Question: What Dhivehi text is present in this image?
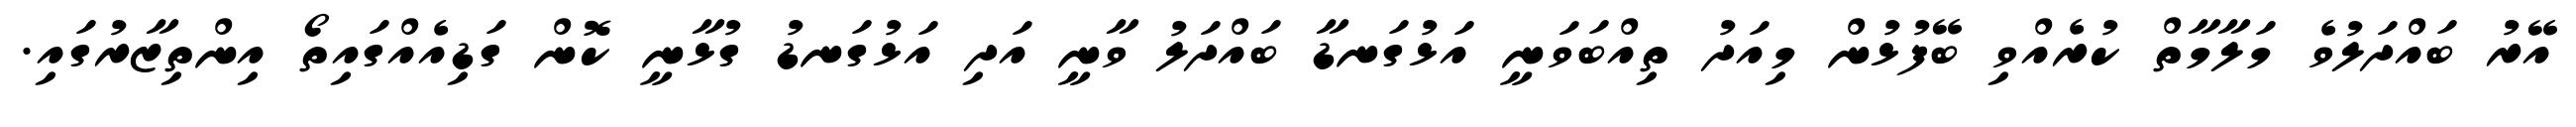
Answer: އޭރު ބައްދަލުވެ މަލާމާތް ކުރެއްވި ބޭފުޅުން މިއަދު ތިއްބަވަނީ އަޅުގަނޑާ ބައްދަލު ވާނީ އަދި އަޅުގަނޑު ގުޅާނީ ކޮން ގަޑިއެއްގައިތޯ އިންތިޒާރުގައި.